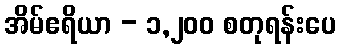
အိမ်ဧရိယာ - ၁,၂၀၀ စတုရန်းပေ